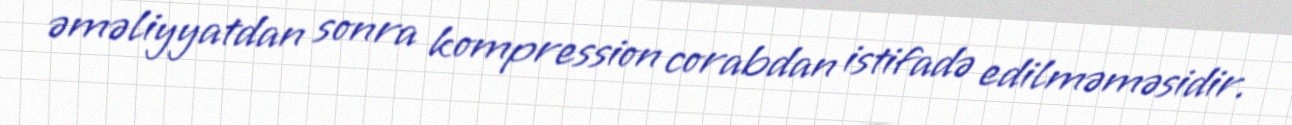
əməliyyatdan sonra kompression corabdan istifadə edilməməsidir.